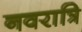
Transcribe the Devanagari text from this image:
नवरात्रि